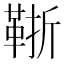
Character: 䩢